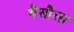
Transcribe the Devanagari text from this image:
भैसौला